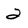
Character: 2